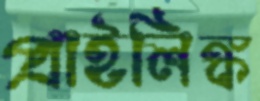
প্রাইলিঙ্ক